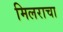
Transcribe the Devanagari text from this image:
मिलराचा